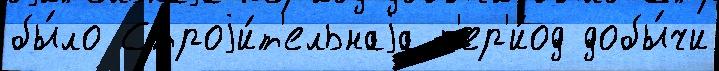
бы́ло Строjи́т'ельнаjа п'ер'и́од добы́чи